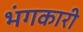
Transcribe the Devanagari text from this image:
भंगकारी